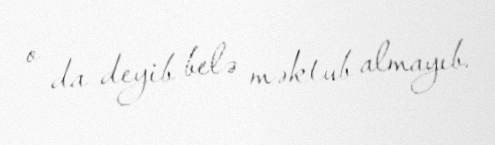
o da deyib belə məktub almayıb.